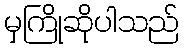
မှကြိုဆိုပါသည်